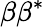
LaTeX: \beta\beta^{*}